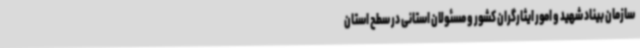
سازمان بیناد شهید و امور ایثارگران کشور و مسئولان استانی در سطح استان